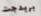
بريدجت